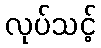
လုပ်သင့်